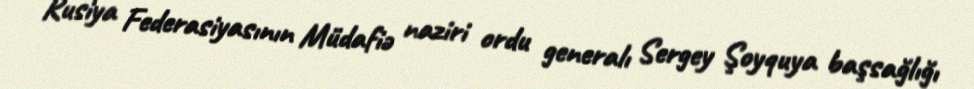
Rusiya Federasiyasının Müdafiə naziri ordu generalı Sergey Şoyquya başsağlığı